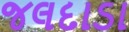
જલદાડા